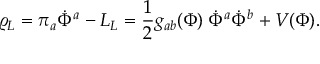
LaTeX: \varrho _ { L } = \pi _ { a } \dot { \Phi } ^ { a } - { \cal L } _ { L } = { \frac { 1 } { 2 } } g _ { a b } ( \Phi ) \; \dot { \Phi } ^ { a } \dot { \Phi } ^ { b } + V ( \Phi ) .